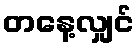
တနေ့လျှင်